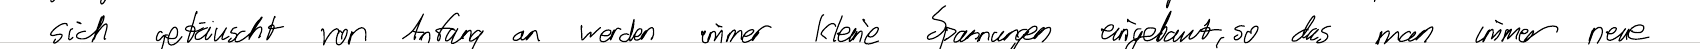
sich getäuscht von Anfang an werden immer kleine Spannungen eingebaut, so das man immer neue